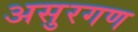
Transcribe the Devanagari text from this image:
असुरगण